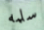
سلمه